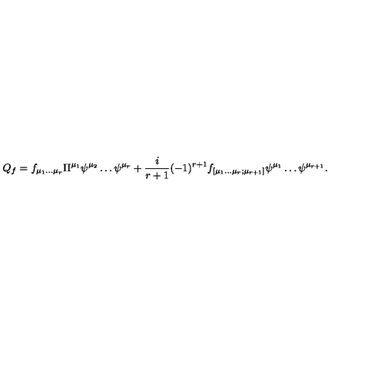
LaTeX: Q _ { f } = f _ { \mu _ { 1 } \dots \mu _ { r } } \Pi ^ { \mu _ { 1 } } \psi ^ { \mu _ { 2 } } \dots \psi ^ { \mu _ { r } } + \frac { i } { r + 1 } ( - 1 ) ^ { r + 1 } f _ { [ \mu _ { 1 } \dots \mu _ { r } ; \mu _ { r + 1 } ] } \psi ^ { \mu _ { 1 } } \dots \psi ^ { \mu _ { r + 1 } } . \nonumber